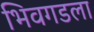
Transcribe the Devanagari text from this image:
भिवगडला